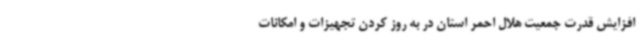
افزایش قدرت جمعیت هلال احمر استان در به روز کردن تجهیزات و امکانات